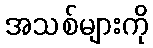
အသစ်များကို